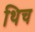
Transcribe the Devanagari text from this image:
थिच